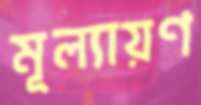
মূল্যায়ণ